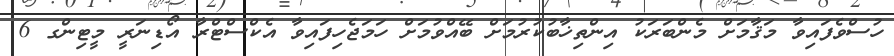
ހުސްވެފައިވާ މަޤާމަށް މެންބަރަކު އިންތިޚާބުކުރުމަށް ބޭއްވުމަށް ހަމަޖެހިފައިވާ އެކްސްޓްރާ އޯޑިނަރީ މީޓިންގ 6